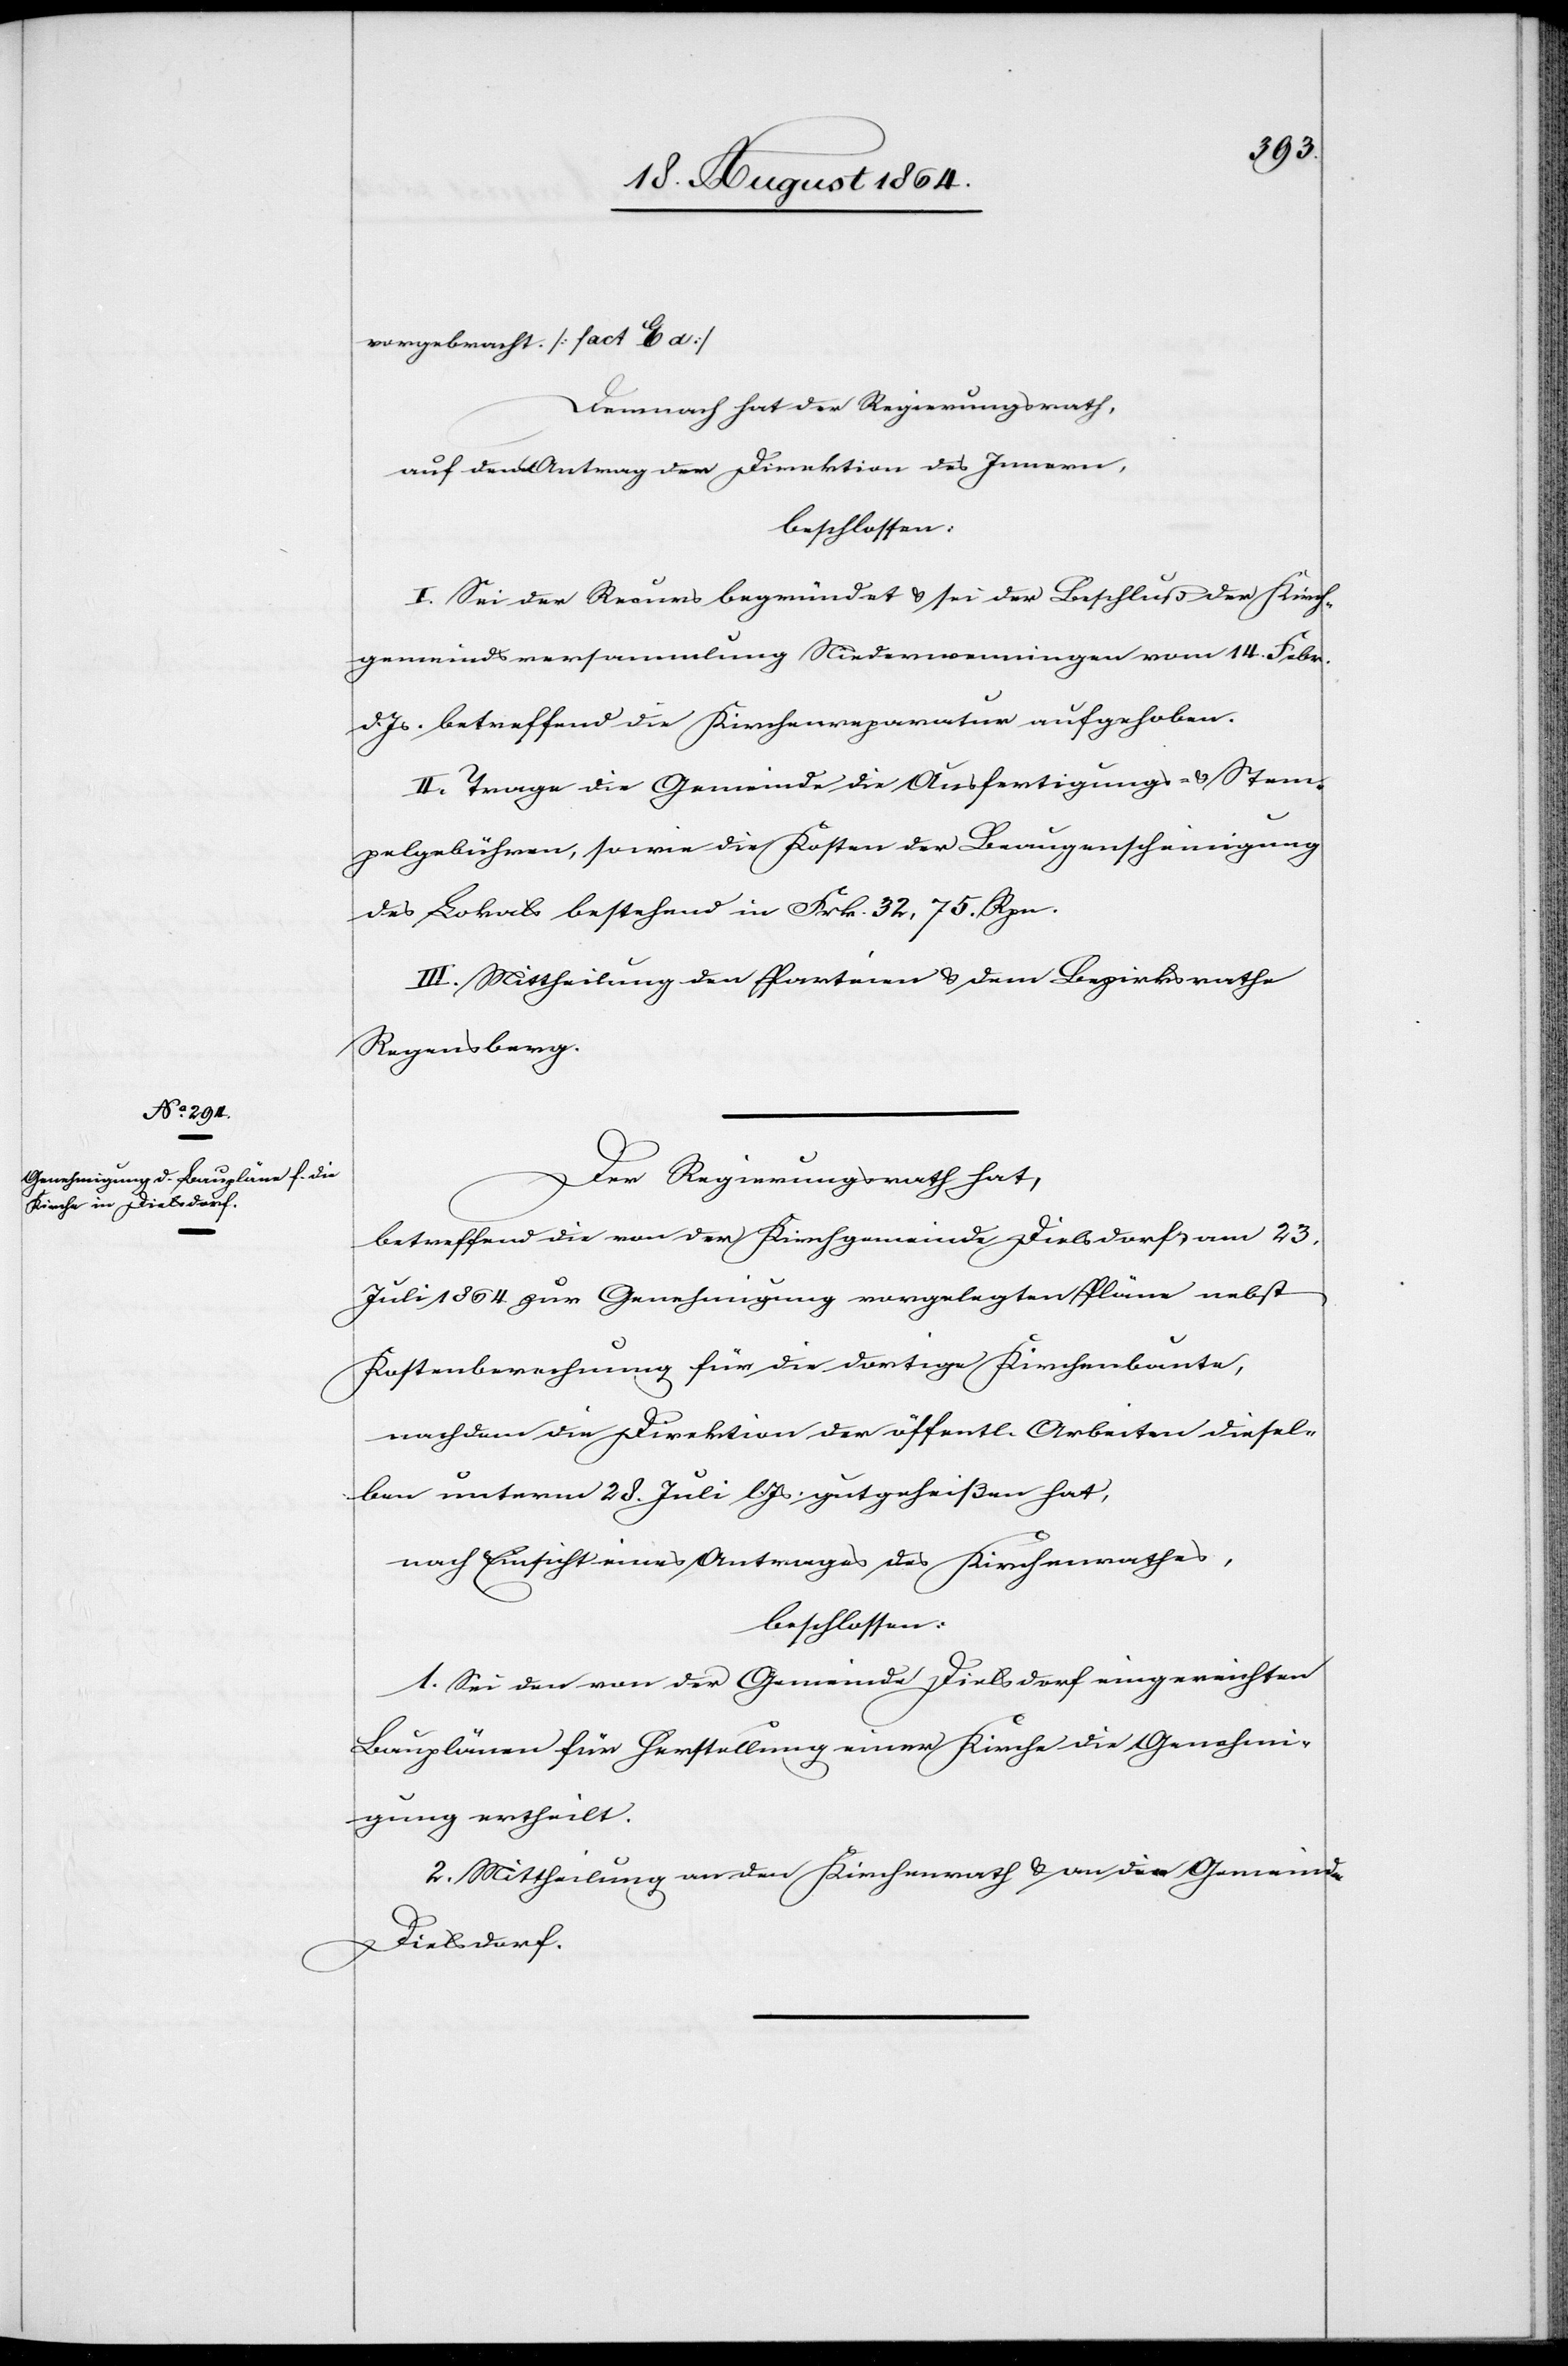
vorgebracht. [fac. E a]
Demnach hat der Regierungsrath,
auf den Antrag der Direktion des Innern,
beschlossen:
I. Sei der Recurs begründet & sei der Beschluß der Kirch¬
gemeindeversammlung Niederwenningen vom 14. Febr.
d. Js. betreffend die Kirchenreparatur aufgehoben.
II. Trage die Gemeinde die Ausfertigungs- & Stem¬
pelgebühren, sowie die Kosten der Beaugenscheinigung
des Lokals bestehend in Frk. 32,75. Rpn.
III. Mittheilung den Parteien & dem Bezirksrathe
Regensberg.
Der Regierungsrath hat,
betreffend die von der Kirchgemeinde Dielsdorf am 23.
Juli 1864 zur Genehmigung vorgelegten Pläne nebst
Kostenberechnung für die dortige Kirchenbaute,
nachdem die Direktion der öffentl. Arbeiten diesel¬
ben unterm 28. Juli l. Js. gutgeheißen hat,
nach Einsicht eines Antrages des Kirchenrathes,
beschlossen:
1. Sei den von der Gemeinde Dielsdorf eingereichten
Bauplänen für Herstellung einer Kirche die Genehmi¬
gung ertheilt.
2. Mittheilung an den Kirchenrath & an die Gemeinde
Dielsdorf.